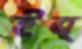
ইব্